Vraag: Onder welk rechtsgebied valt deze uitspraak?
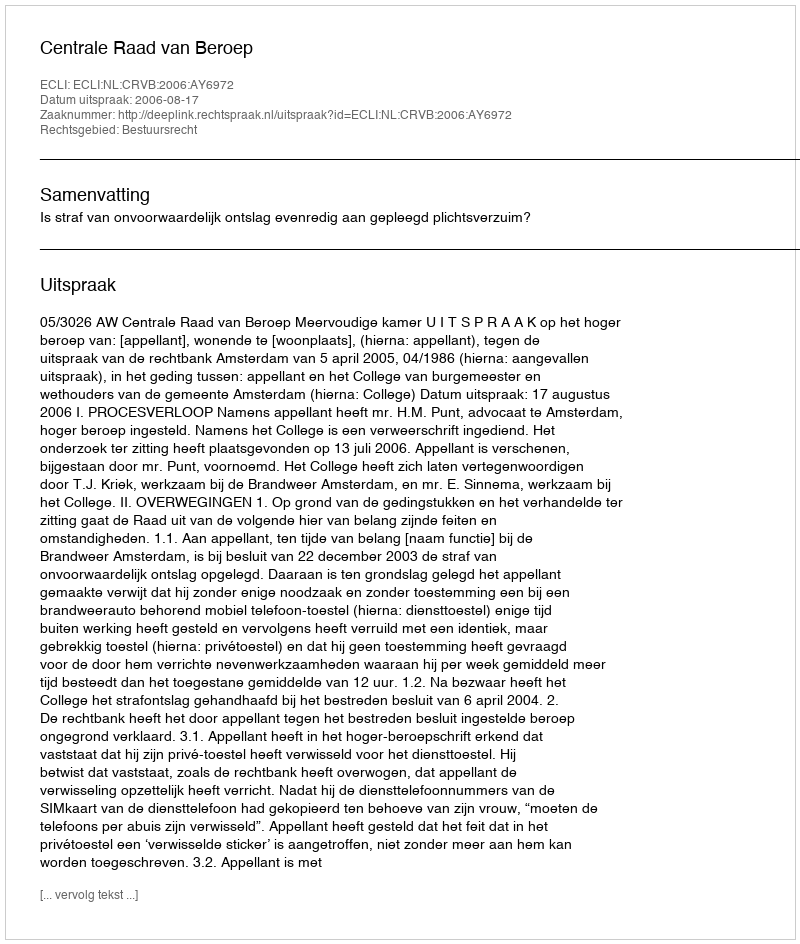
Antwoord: Bestuursrecht